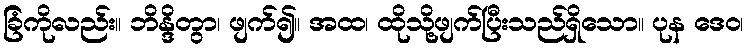
ခြံကိုလည်း။ ဘိန္ဒိတွာ၊ ဖျက်၍။ အထ၊ ထိုသို့ဖျက်ပြီးသည်ရှိသော။ ပုန ဒေဝ၊